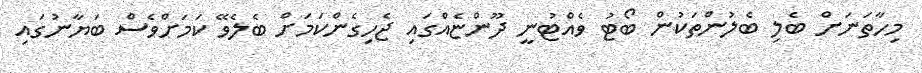
މިހާތަނަށް ބެލި ބެލުންތަކުން ބޯޓު ވެއްޓުނީ ދޫންޏެއްގައި ޖެހިގެންކަމަށް ބެލެވޭ ކަމަށްވެސް ބަޔާނުގައި